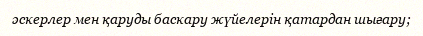
әскерлер мен қаруды баскару жүйелерін қатардан шығару;